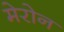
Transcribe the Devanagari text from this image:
मेरोन